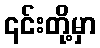
၎င်းတို့မှာ